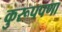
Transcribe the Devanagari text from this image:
कुरूपपणा